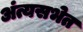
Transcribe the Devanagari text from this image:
अंत्यसभेत